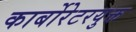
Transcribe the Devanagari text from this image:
कार्बोरेटरयुक्त